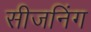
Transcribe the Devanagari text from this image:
सीजनिंग